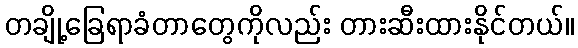
တချို့ခြေရာခံတာတွေကိုလည်း တားဆီးထားနိုင်တယ်။